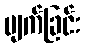
ပျက်ခြင်း